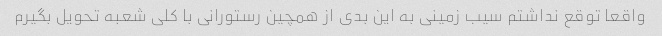
واقعا توقع نداشتم سیب زمینی به این بدی از همچین رستورانی با کلی شعبه تحویل بگیرم